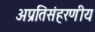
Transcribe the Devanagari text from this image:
अप्रतिसंहरणीय